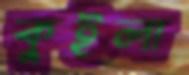
কুইলা